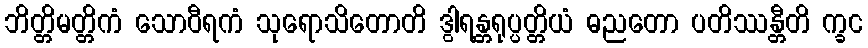
ဘိတ္တိမတ္တိကံ သောဝီရကံ သုရောသိတောတိ ဒွါရန္တရုပ္ပတ္တိယံ ဓညတော ပတိဿန္တီတိ က္ခင